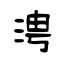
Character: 涄